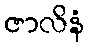
ဇာလိနံ